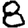
Digit: 8